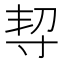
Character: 𡬨